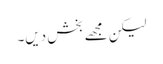
لیکن مجھے بخش دیں۔